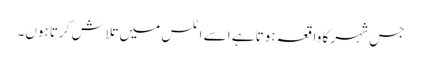
جس شہر کا واقعہ ہوتا ہے اسے اٹلس میں تلاش کرتا ہوں۔